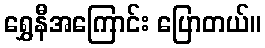
ရွှေနီအကြောင်း ပြောတယ်။